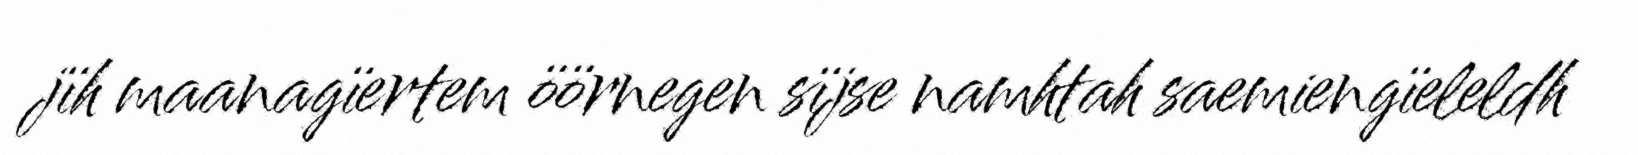
jïh maanagïertem öörnegen sïjse namhtah saemiengïeleldh